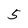
Character: 5